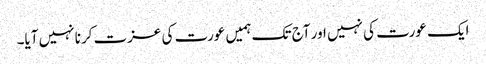
ایک عورت کی نہیں اور آج تک ہمیں عورت کی عزت کرنا نہیں آیا۔